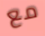
مع